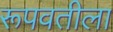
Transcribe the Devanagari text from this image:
रूपवतीला